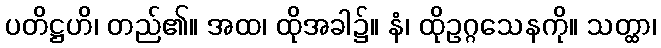
ပတိဋ္ဌဟိ၊ တည်၏။ အထ၊ ထိုအခါ၌။ နံ၊ ထိုဥဂ္ဂသေနကို။ သတ္ထာ၊